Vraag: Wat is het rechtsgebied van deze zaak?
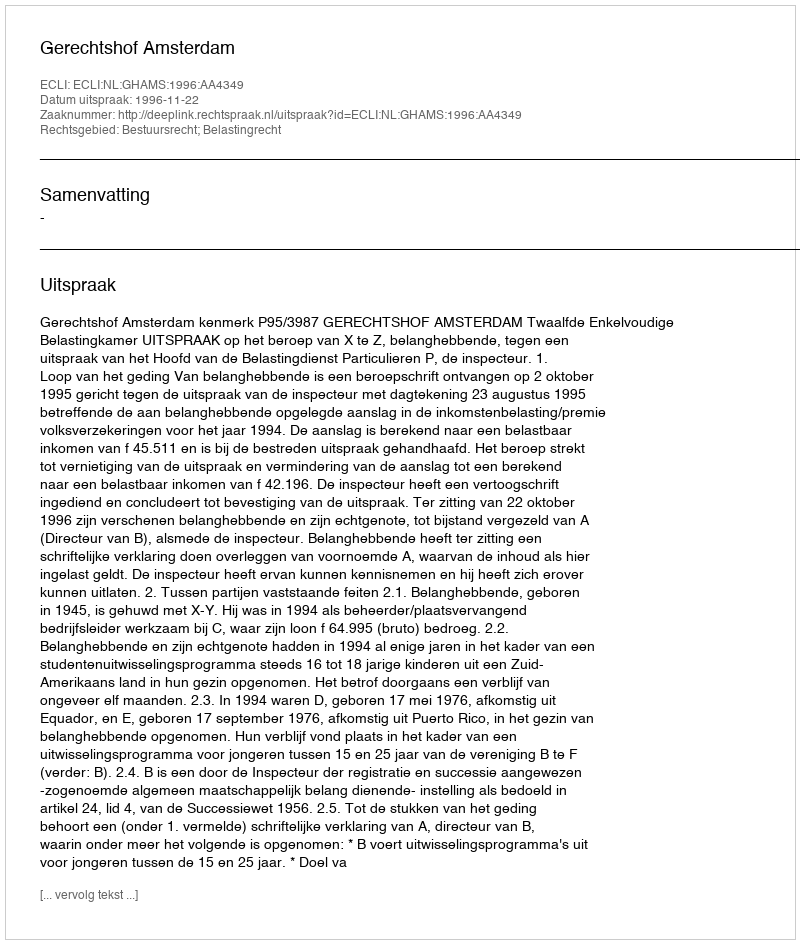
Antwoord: Bestuursrecht; Belastingrecht